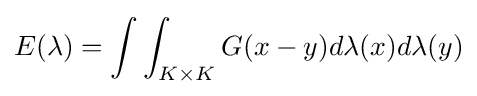
E(\lambda )=\int \int _{K\times K}G(x-y)d\lambda (x)d\lambda (y)